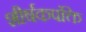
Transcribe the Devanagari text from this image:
शीर्षकपंक्ति